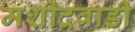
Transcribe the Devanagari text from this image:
मशीदवाडी